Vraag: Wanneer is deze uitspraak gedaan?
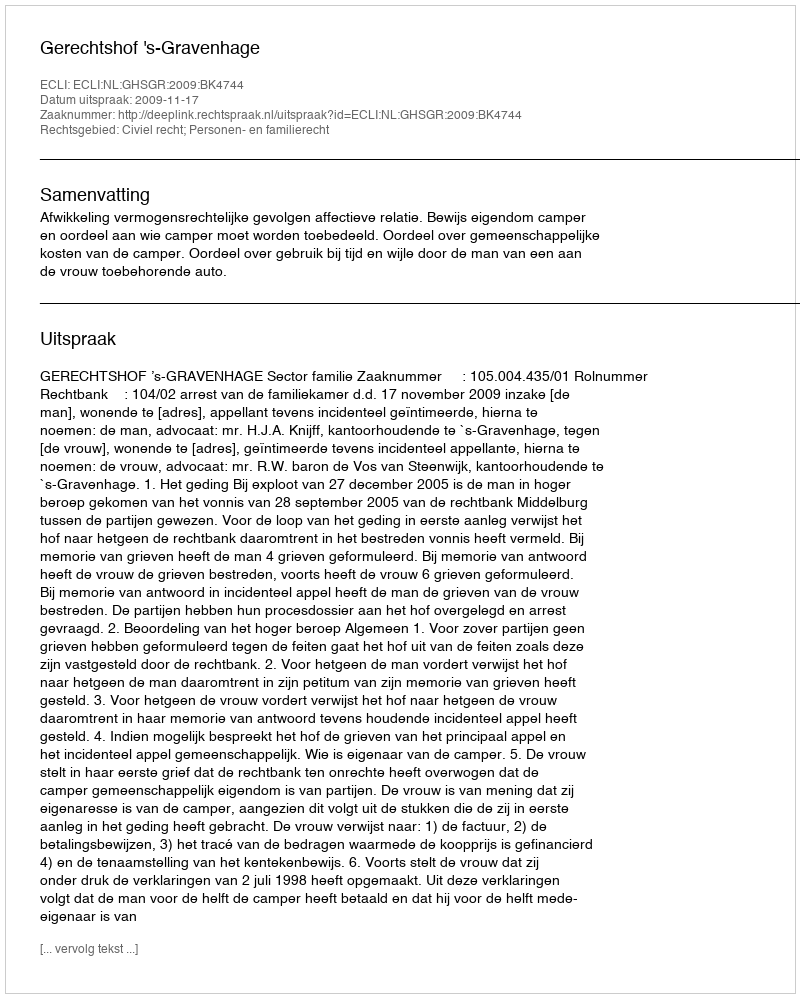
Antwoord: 2009-11-17